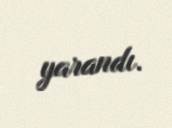
yarandı.